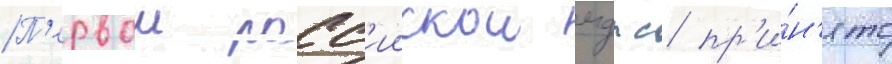
П'ервои росс'иискои мдпс пр'и́н'ято